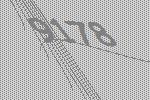
9178